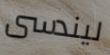
ليندسى